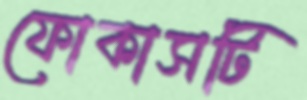
ফোকাসটি